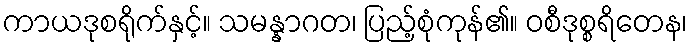
ကာယဒုစရိုက်နှင့်။ သမန္နာဂတ၊ ပြည့်စုံကုန်၏။ ဝစီဒုစ္စရိတေန၊